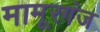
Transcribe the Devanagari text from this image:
मामूरगंज